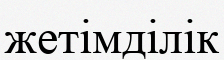
жетімділік